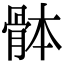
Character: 骵